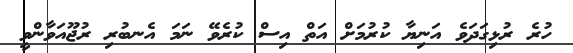
ހުރެ ރުޅިގަދަވެ އަނިޔާ ކުރުމަށް އަތް އިސް ކުރެވޭ ނަމަ އެނބުރި ރުޖޫއަވާންވީ